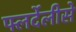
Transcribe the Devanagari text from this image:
फ्लर्देलीसे